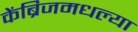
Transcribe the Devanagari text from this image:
केंब्रिजमधल्या